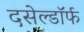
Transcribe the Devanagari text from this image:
दसेल्डॉर्फ